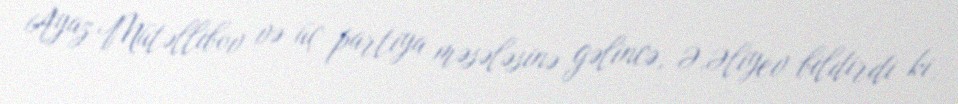
Ayaz Mütəllibov və üç partiya məsələsinə gəlincə, Ə.Əliyev bildirdi ki,